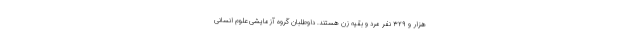
هزار و ۳۲۹ نفر مرد و بقیه زن هستند. داوطلبان گروه آزمایشی علوم انسانی